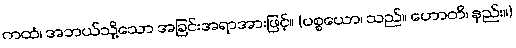
ကထံ၊ အဘယ်သို့သော အခြင်းအရာအားဖြင့်။ (ပစ္စယော၊ သည်။ ဟောတိ၊ နည်း။)